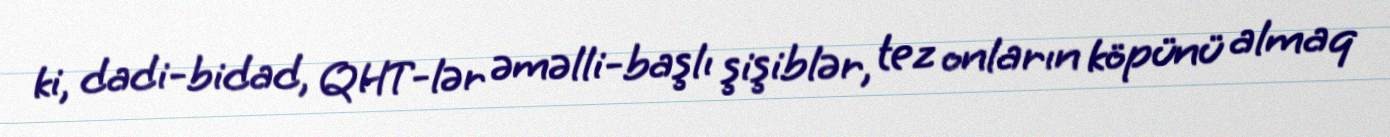
ki, dadi-bidad, QHT-lər əməlli-başlı şişiblər, tez onların köpünü almaq